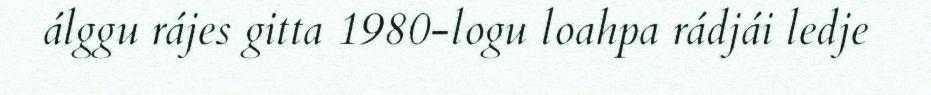
álggu rájes gitta 1980-logu loahpa rádjái ledje